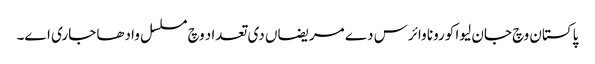
پاکستان وچ جان لیوا کورونا وائرس دے مریضاں دی تعداد وچ مسلسل وادھا جاری اے۔